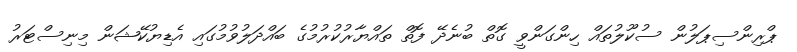
ޕްރިންސިޕަލުން ސުކޫލުތައް ހިންގަންވީ ގޮތް ބުނެދޭ ފޮތް ތައްޔާރުކުރުމުގެ ބައްދަލުވުމުގައި އެޑިޔުކޭޝަން މިނިސްޓަރު